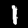
Label: 1